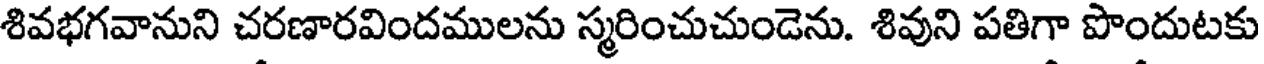
శివభగవానుని చరణారవిందములను స్మరించుచుండెను. శివుని పతిగా పొందుటకు